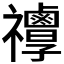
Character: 𥜯